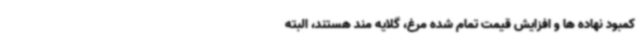
کمبود نهاده ها و افزایش قیمت تمام شده مرغ، گلایه مند هستند، البته